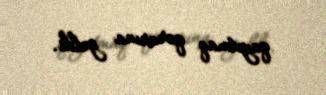
qayıtmaq qərarına gəldi.